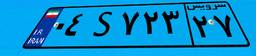
۰۴S۷۲۳۲۷